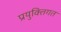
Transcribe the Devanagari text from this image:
प्रयुक्तिगत